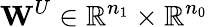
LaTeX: \mathbf{W}^{U}\in\mathbb{R}^{n_{1}}\times\mathbb{R}^{n_{0}}